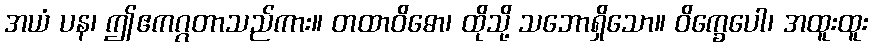
အယံ ပန၊ ဤဧကဂ္ဂတာသည်ကား။ တထာဝိဓော၊ ထိုသို့ သဘောရှိသော။ ဝိက္ခေပေါ၊ အထူးထူး